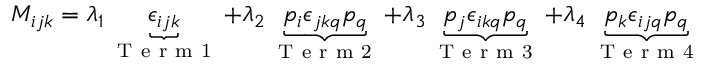
M _ { i j k } = \lambda _ { 1 } \underbrace { \epsilon _ { i j k } } _ { \mathrm { ~ T ~ e ~ r ~ m ~ 1 ~ } } + \lambda _ { 2 } \underbrace { p _ { i } \epsilon _ { j k q } p _ { q } } _ { \mathrm { ~ T ~ e ~ r ~ m ~ 2 ~ } } + \lambda _ { 3 } \underbrace { p _ { j } \epsilon _ { i k q } p _ { q } } _ { \mathrm { ~ T ~ e ~ r ~ m ~ 3 ~ } } + \lambda _ { 4 } \underbrace { p _ { k } \epsilon _ { i j q } p _ { q } } _ { \mathrm { ~ T ~ e ~ r ~ m ~ 4 ~ } }